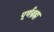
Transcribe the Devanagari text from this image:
पूर्णब्रह्म